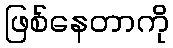
ဖြစ်နေတာကို